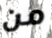
من